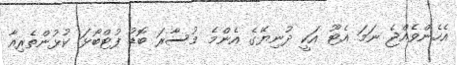
އެހެންވެއްޖެ ނަމަ އެޓޫ އަކީ ދުނިޔޭގެ އެންމެ މުސާރަ ބޮޑު ފުޓްބޯޅަ ކުޅުންތެރިއާ